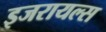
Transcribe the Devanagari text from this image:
इजरायल्स